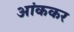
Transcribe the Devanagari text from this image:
आंककर